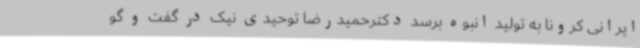
ایرانی کرونا به تولید انبوه برسد دکترحمیدرضا توحیدی نیک در گفت و گو